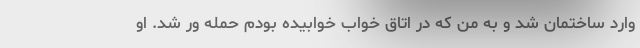
وارد ساختمان شد و به من که در اتاق خواب خوابیده بودم حمله ور شد. او